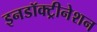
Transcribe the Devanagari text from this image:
इनडॉक्ट्रीनेशन